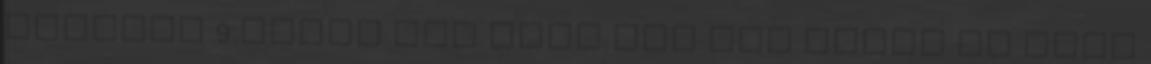
viszony 9.része Már csak pár nap Addig is szép